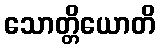
သောတ္တိယောတိ